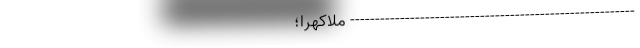
--------------------------------------------------------- ملاکهرا؛